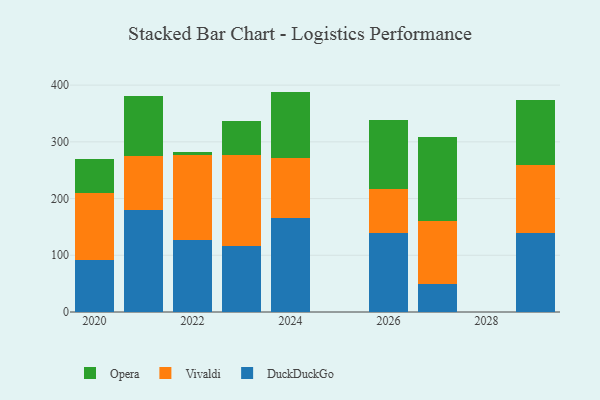
{"axis": {"x": "Year", "y": "Backlog"}, "legend": ["DuckDuckGo", "Opera", "Vivaldi"], "data": [{"x": "2021", "y": 179.4, "type": "DuckDuckGo"}, {"x": "2021", "y": 96.4, "type": "Vivaldi"}, {"x": "2021", "y": 104.9, "type": "Opera"}, {"x": "2023", "y": 116.6, "type": "DuckDuckGo"}, {"x": "2023", "y": 159.9, "type": "Vivaldi"}, {"x": "2023", "y": 61.0, "type": "Opera"}, {"x": "2026", "y": 140.0, "type": "DuckDuckGo"}, {"x": "2026", "y": 77.5, "type": "Vivaldi"}, {"x": "2026", "y": 120.2, "type": "Opera"}, {"x": "2022", "y": 127.6, "type": "DuckDuckGo"}, {"x": "2022", "y": 149.7, "type": "Vivaldi"}, {"x": "2022", "y": 5.4, "type": "Opera"}, {"x": "2029", "y": 138.6, "type": "DuckDuckGo"}, {"x": "2029", "y": 121.4, "type": "Vivaldi"}, {"x": "2029", "y": 113.9, "type": "Opera"}, {"x": "2020", "y": 90.9, "type": "DuckDuckGo"}, {"x": "2020", "y": 118.5, "type": "Vivaldi"}, {"x": "2020", "y": 59.5, "type": "Opera"}, {"x": "2027", "y": 49.2, "type": "DuckDuckGo"}, {"x": "2027", "y": 111.6, "type": "Vivaldi"}, {"x": "2027", "y": 147.9, "type": "Opera"}, {"x": "2024", "y": 165.4, "type": "DuckDuckGo"}, {"x": "2024", "y": 106.4, "type": "Vivaldi"}, {"x": "2024", "y": 116.8, "type": "Opera"}]}